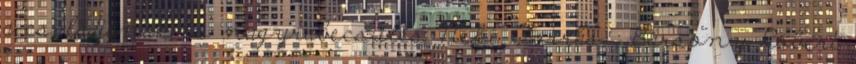
a családjának és nagyrabecsülés Neki Forrás : Bársony Róbert